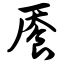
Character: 餍